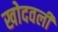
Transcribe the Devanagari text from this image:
खोदवली